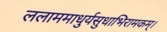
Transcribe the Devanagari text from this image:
ललाममाधुर्यसुधाभिरामकम्।